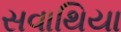
સવાથિયા